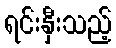
ရင်းနှီးသည့်